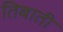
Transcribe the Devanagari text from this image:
तिबाती